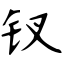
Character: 钗